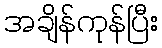
အချိန်ကုန်ပြီး